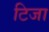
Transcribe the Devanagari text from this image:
टिजा